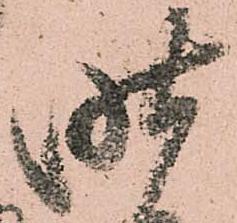
昨